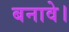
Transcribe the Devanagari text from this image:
बनावे।